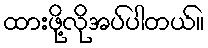
ထားဖို့လိုအပ်ပါတယ်။